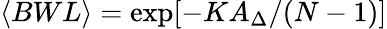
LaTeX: \langle BWL\rangle=\exp[-KA_{\Delta}/(N-1)]